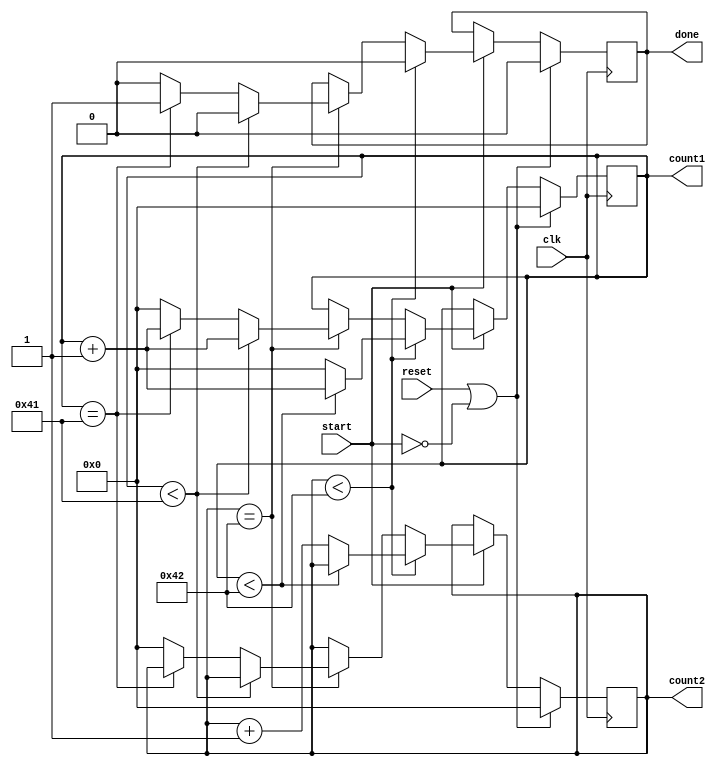
// This program was cloned from: https://github.com/ilaydayaman/CNN_for_SLR
// License: BSD 2-Clause "Simplified" License

`timescale 1ns / 1ps
//////////////////////////////////////////////////////////////////////////////////
// Company: 
// Engineer: 
// 
// Design Name: 
// Module Name: Counter
// Project Name: 
// Target Devices: 
// Tool Versions: 
// Description: 
// 
// Dependencies: 
// 
// Revision:
// Revision 0.01 - File Created
// Additional Comments:
// 
//////////////////////////////////////////////////////////////////////////////////

module Counter(
    input clk,
    input start,
    input reset,
    output reg [6:0] count1,
    output reg [6:0] count2,
    output reg done
    );
    
    parameter mod = 67;
    
    always @ ( posedge clk )
    begin
        if( reset || ~start )
        begin
            count1 <= 0;
            count2 <= 0;
            done <= 0;
        end else if ( start )
        begin
            if( count2 < mod-1 )
            begin
                if( count1 < mod-1 )
                begin
                    count1 <= count1 + 1;
                    done <= 0;
                end else
                begin
                    count1 <= 0;
                    count2 <= count2 + 1;
                    done <= 0;
                end
            end else if ( count2 == mod-1 )
            begin
                if( count1 < mod - 2 )
                    begin
                        count1 <= count1 + 1;
                        done <= 0;
                    end else if ( count1 == mod - 2 )
                    begin
                        count1 <= count1 + 1;
                        done <= 1;
                    end
                    else
                    begin
                        count1 <= 0;
                        count2 <= 0;
                        done <= 0;
                    end
            end
        end
    end
endmodule